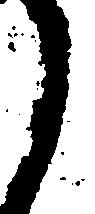
し